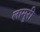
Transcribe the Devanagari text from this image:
लामुरी